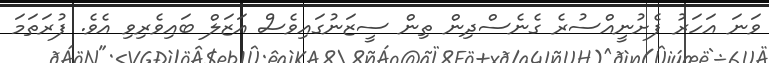
ވަނަ އަހަރު ފެށުނީއްސުރެ ގެނެސްދިން ތިން ސީޒަނުގައިވެސް އަޒަލް ބައިވެރިވި އެވެ. ފުރަތަމަ